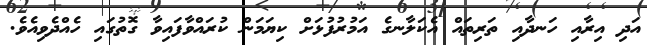
އަދި އިރާއި ހަނދާއި ތަރިތައް އެކަލާނގެ އަމުރުފުޅަށް ކިޔަމަން ކުރައްވާފައިވާ ގޮތުގައި ހެއްދެވިއެވެ.